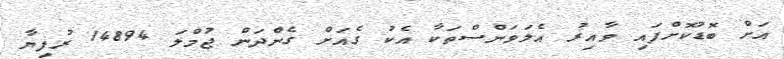
އަށް ބޮޑުކޮށްފައި ވާއިރު އެލަވަންސްތަކާ އެކު ގެއަށް ގެންދަން ޖުމްލަ 14894 ރުފިޔާ